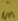
Text: in